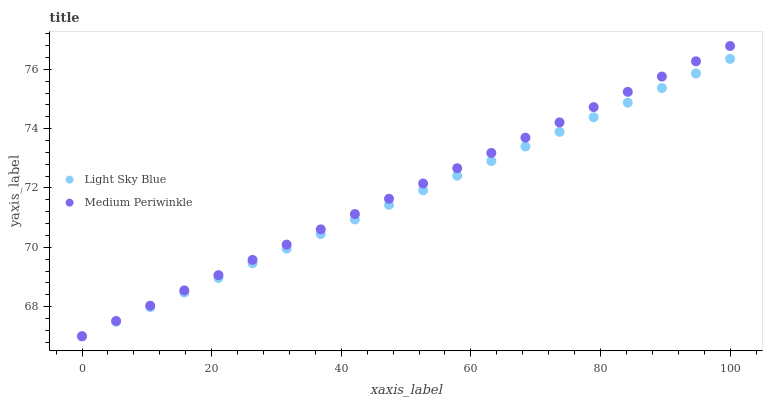
| xaxis_label | Light Sky Blue | Medium Periwinkle |
 | --- | --- | --- |
 | 0 | 67 | 67 |
 | 5.26 | 67.5 | 67.5 |
 | 10.5 | 68 | 68 |
 | 15.8 | 68.5 | 68.5 |
 | 21.1 | 69 | 69.1 |
 | 26.3 | 69.5 | 69.6 |
 | 31.6 | 70 | 70.1 |
 | 36.8 | 70.4 | 70.6 |
 | 42.1 | 70.9 | 71.1 |
 | 47.4 | 71.4 | 71.6 |
 | 52.6 | 71.9 | 72.2 |
 | 57.9 | 72.4 | 72.7 |
 | 63.2 | 72.9 | 73.2 |
 | 68.4 | 73.4 | 73.7 |
 | 73.7 | 73.9 | 74.2 |
 | 78.9 | 74.4 | 74.7 |
 | 84.2 | 74.9 | 75.2 |
 | 89.5 | 75.4 | 75.8 |
 | 94.7 | 75.9 | 76.3 |
 | 100 | 76.4 | 76.8 |